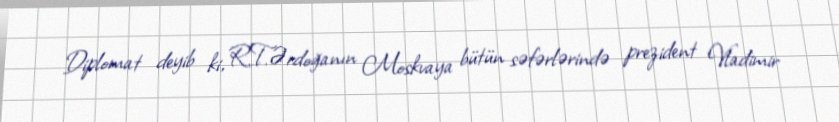
Diplomat deyib ki, R.T.Ərdoğanın Moskvaya bütün səfərlərində prezident Vladimir